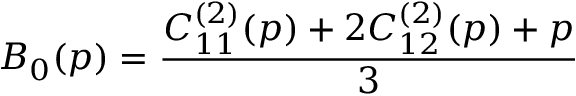
B _ { 0 } ( p ) = \frac { C _ { 1 1 } ^ { ( 2 ) } ( p ) + 2 C _ { 1 2 } ^ { ( 2 ) } ( p ) + p } { 3 }